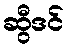
ဆွီဒင်